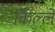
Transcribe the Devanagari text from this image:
किल्‍ले